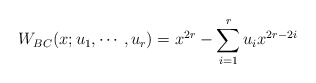
\begin{align*}W_{BC}(x;u_{1}, \cdots, u_{r})=x^{2r}-\sum_{i=1}^{r} u_{i} x^{2r-2i}\end{align*}